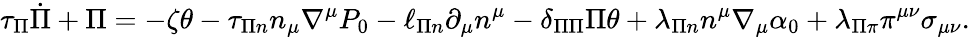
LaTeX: \tau_{\Pi}\dot{\Pi}+\Pi=-\zeta\theta-\tau_{\Pi n}n_{\mu}\nabla^{\mu}P_{0}-\ell_{\Pi n}\partial_{\mu}n^{\mu}-\delta_{\Pi\Pi}\Pi\theta+\lambda_{\Pi n}n^{\mu}\nabla_{\mu}\alpha_{0}+\lambda_{\Pi\pi}\pi^{\mu\nu}\sigma_{\mu\nu}.